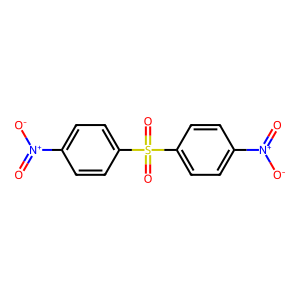
SMILES: O=[N+]([O-])c1ccc(S(=O)(=O)c2ccc([N+](=O)[O-])cc2)cc1
Inhibits HIV replication: No